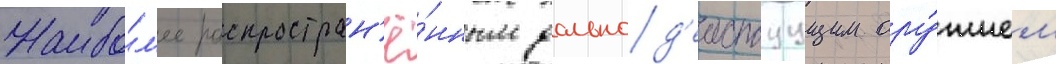
Наибо́л'ее распростран'ё́нным дальнод'еиствуущим ору́жием